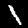
Digit: 1